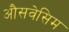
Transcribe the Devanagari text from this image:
औसवेसिम